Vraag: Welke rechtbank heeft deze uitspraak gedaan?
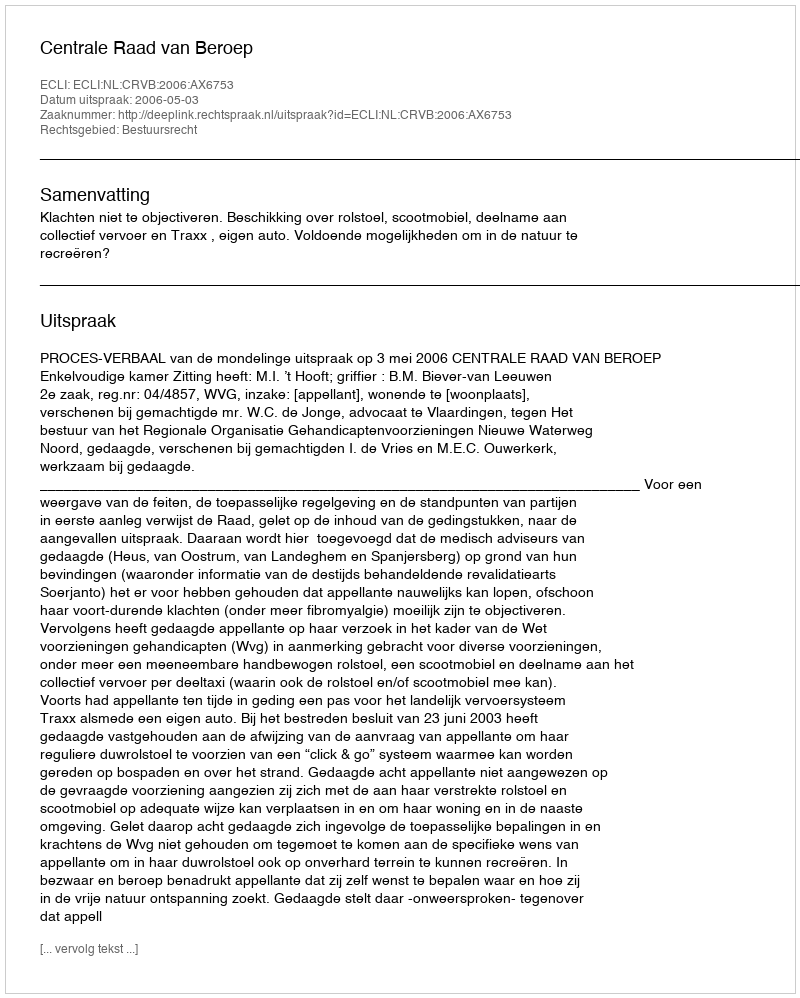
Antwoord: Centrale Raad van Beroep